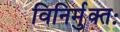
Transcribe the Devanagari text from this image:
विनिर्मुक्तः